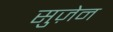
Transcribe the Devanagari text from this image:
सुज़ेन